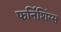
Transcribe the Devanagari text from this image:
फर्निशिंग्स